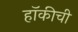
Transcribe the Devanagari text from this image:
हॉकीची